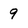
Character: 9